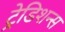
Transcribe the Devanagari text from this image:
ट्रेडिशन्स